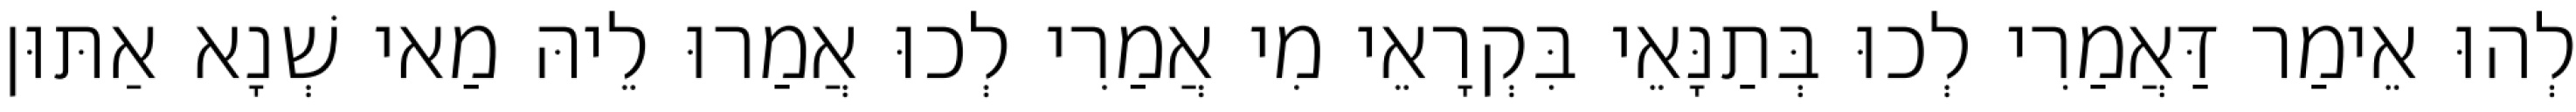
לְהוּ אֵימַר דַּאֲמַרִי לְכוּ בְּתַנָּאֵי בִּקְרָאֵי מִי אֲמַרִי לְכוּ אֲמַרוּ לֵיהּ מַאי שְׁנָא אַתּוּן